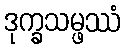
ဒုက္ခသမ္ဖဿံ